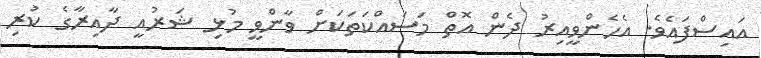
އައިސްފައެވެ. އެހެންވީއިރު ދެން އޮތް މަސައްކަތަކަށް ވާންވީ މުޅި ޝަރުއީ ދާއިރާގެ ކުރި